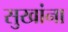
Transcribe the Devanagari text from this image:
सुखांना